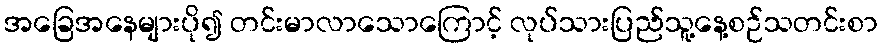
အခြေအနေများပို၍ တင်းမာလာသောကြောင့် လုပ်သားပြည်သူ့နေ့စဉ်သတင်းစာ